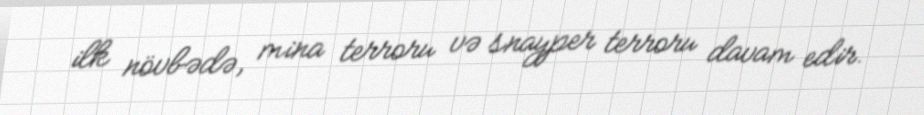
ilk növbədə, mina terroru və snayper terroru davam edir.